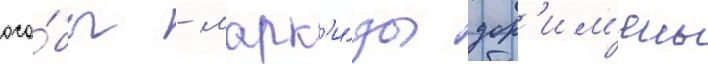
осо́бы - марк'и́зы дор'им'ены